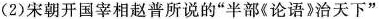
(2)宋朝开国宰相赵普所说的”半部《论语》治天下”